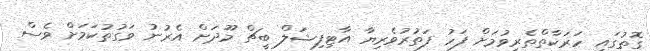
ގޮތުގައި ހަރަކާތްތެރިވުމަށް ފަހު ފަތުރުވެރިޔާ އާޓިފިޝަލް ބީޗް މޫދަށް އެރުނު ވަގުތުކަމަށް ވެސް